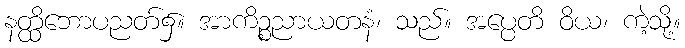
နတ္ထိဘောပညတ်၌။ အာကိဉ္စညာယတနံ၊ သည်။ အပ္ပေတိ ဝိယ၊ ကဲ့သို့။